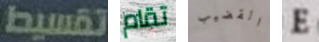
تقسيط تقام القضيب E